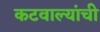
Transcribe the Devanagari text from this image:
कटवाल्यांची